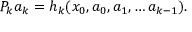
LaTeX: P _ { k } a _ { k } = h _ { k } ( x _ { 0 } , a _ { 0 } , a _ { 1 } , \dots a _ { k - 1 } ) .